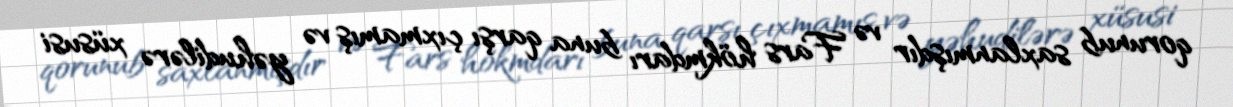
qorunub saxlanmışdır və Fars hökmdarı buna qarşı çıxmamış və yəhudilərə xüsusi